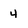
Character: 4